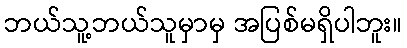
ဘယ်သူ့ဘယ်သူမှာမှ အပြစ်မရှိပါဘူး။